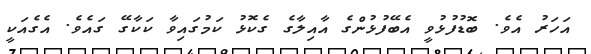
އަހަރު އެވެ. ބޮޑުފުޅުވީ އެބޭފުޅުންގެ އާއިލާގެ ގެކޮޅު ކަމުގައިވާ ކަކާގޭ ގައެވެ. އެގެއަކީ